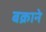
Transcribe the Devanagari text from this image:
बक्राने